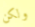
ولكن